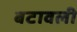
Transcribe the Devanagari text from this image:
बटावली